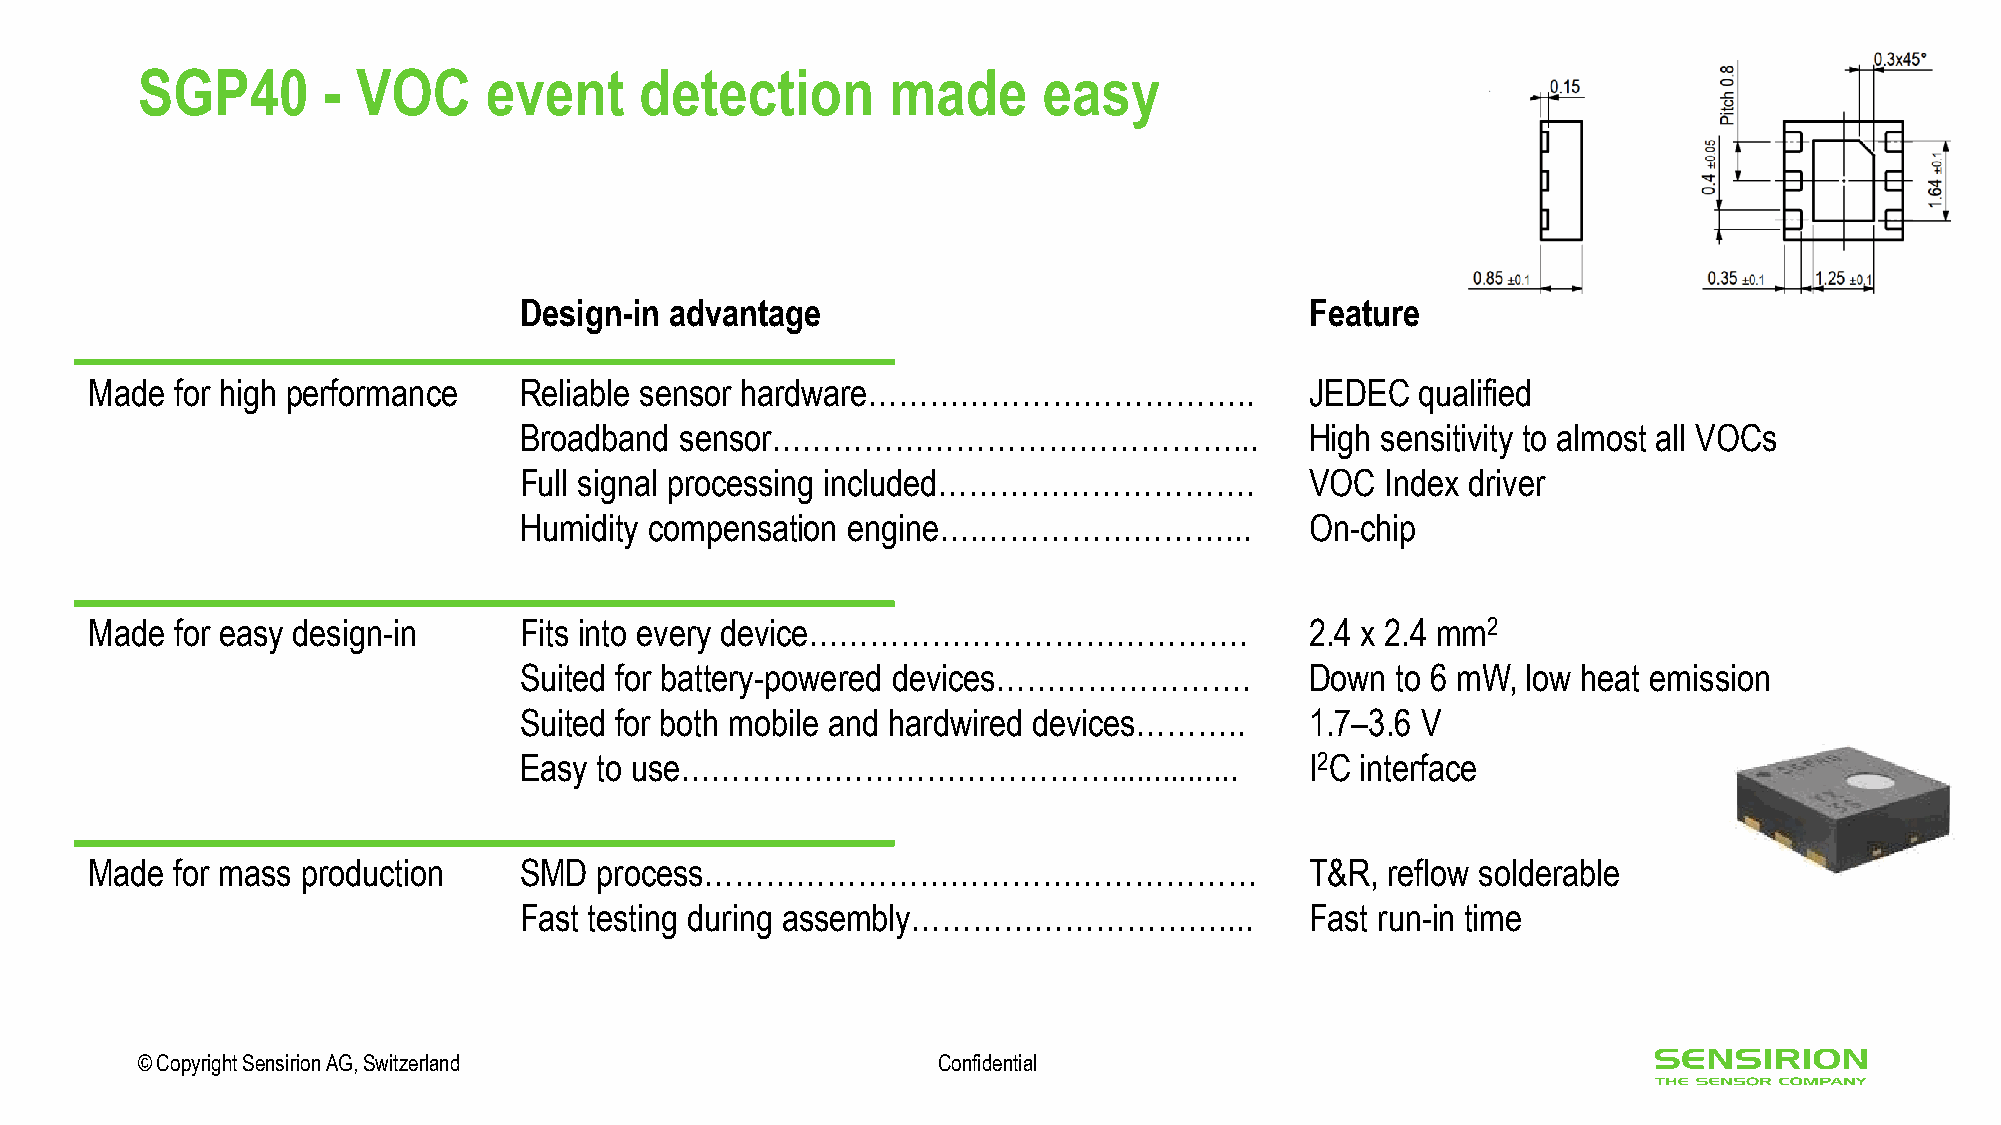
SGP40       -  VOC     event     detection        made      easy
 Design-in advantage                                  Feature
 Made  for high performance  Reliable sensor hardware………………………………..               JEDEC  qualified
 Broadband  sensor………………………………………...                  High sensitivity to almost all VOCs
 Full signal processing included………………………….           VOC  Index driver
 Humidity compensation engine….……………………...            On-chip
 Made  for easy design-in    Fits into every device…………………………………….                2.4 x 2.4 mm2
 Suited for battery-powered devices…………………….          Down to 6 mW, low heat emission
 Suited for both mobile and hardwired devices………..    1.7–3.6 V
 Easy to use……………………………………...............             I2C interface
 Made  for mass production   SMD  process………………………………………………                       T&R, reflow solderable
 Fast testing during assembly…………………………....           Fast run-in time
 © Copyright Sensirion AG, Switzerland                Confidential